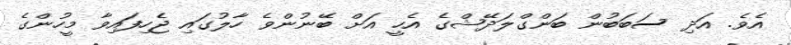
އެވެ. އަދި ސަބަބުން ބަންގްލަދޭޝްގެ އެހީ އަށް ބޭނުންވެ ހާލުގައި ޖެހިފައިވާ މީހުންގެ